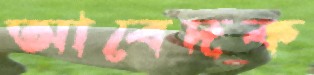
আবেদক